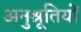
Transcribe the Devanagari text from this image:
अनुश्रूतियों